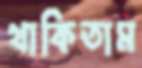
থাকিতাম